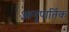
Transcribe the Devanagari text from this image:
आनुपार्तिक